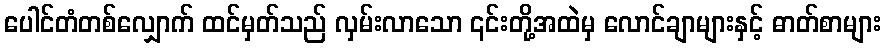
ပေါင်တံတစ်လျှောက် ထင်မှတ်သည် လှမ်းလာသော ၎င်းတို့အထဲမှ လောင်ချာများနှင့် ဓာတ်စာများ